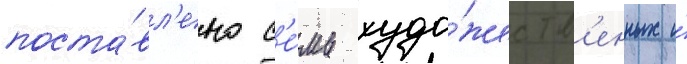
поста́вл'ено с'е́мь худо́жеств'енных и́